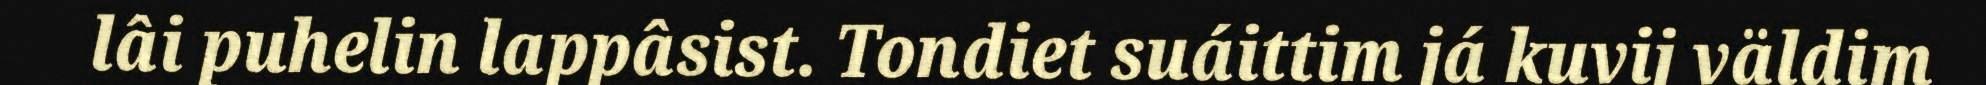
lâi puhelin lappâsist. Tondiet suáittim já kuvij väldim